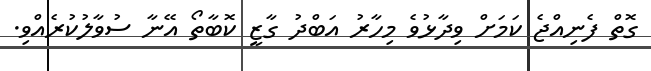
ގޮތް ފެނިއްޖެ ކަމަށް ވިދާޅުވެ މިހާރު އަބްދު ގާޒީ ކޮބާތޯ އޭނާ ސުވާލުކުރެއްވި.